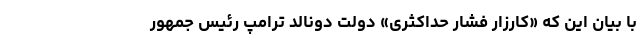
با بیان این که «کارزار فشار حداکثری» دولت دونالد ترامپ رئیس جمهور